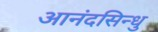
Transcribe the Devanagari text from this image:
आनंदसिन्धु